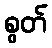
စွတ်